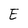
Character: E